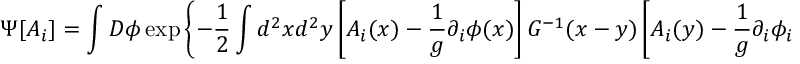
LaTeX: \Psi [ A _ { i } ] = \int D \phi \exp \left\{ - \frac { 1 } { 2 } \int d ^ { 2 } x d ^ { 2 } y \left[ A _ { i } ( x ) - \frac { 1 } { g } \partial _ { i } \phi ( x ) \right] G ^ { - 1 } ( x - y ) \left[ A _ { i } ( y ) - \frac { 1 } { g } \partial _ { i } \phi _ { i } ( y ) \right] \right\}